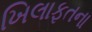
ખિલાફતના